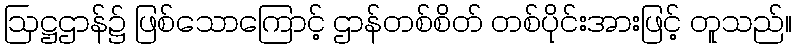
ဩဋ္ဌဌာန်၌ ဖြစ်သောကြောင့် ဌာန်တစ်စိတ် တစ်ပိုင်းအားဖြင့် တူသည်။